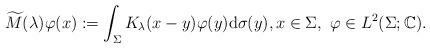
LaTeX: \begin{align*} \widetilde{M}(\lambda) \varphi(x) := \int_\Sigma K_\lambda(x - y) \varphi(y) \mathrm{d} \sigma(y), x \in \Sigma, ~\varphi \in L^2(\Sigma; \mathbb{C}).\end{align*}